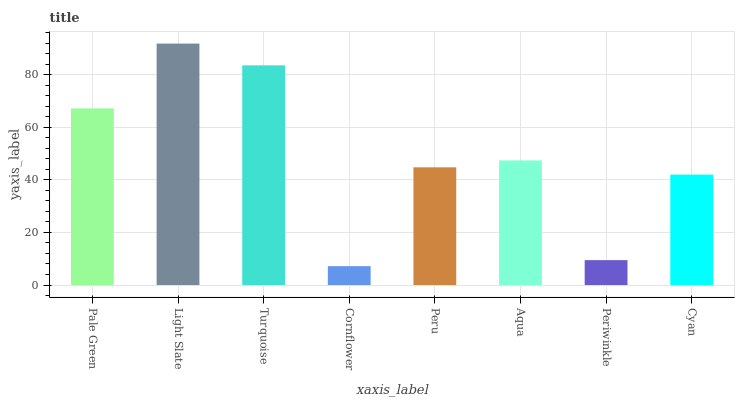
| xaxis_label | bars |
 | --- | --- |
 | Pale Green | 67.2 |
 | Light Slate | 91.9 |
 | Turquoise | 83.6 |
 | Cornflower | 7.18 |
 | Peru | 44.8 |
 | Aqua | 47.4 |
 | Periwinkle | 9.47 |
 | Cyan | 42 |